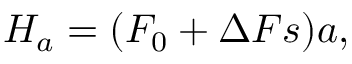
H _ { a } = ( F _ { 0 } + \Delta F s ) a ,